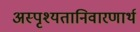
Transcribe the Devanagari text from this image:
अस्पृश्यतानिवारणार्थ